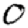
Digit: 0